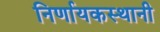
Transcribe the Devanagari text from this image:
निर्णायकस्थानी